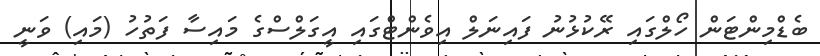
ބެޑްމިންޓަން ހޯލްގައި ރޭކުޅުނު ފައިނަލް އިވެންޓްގައި އީގަލްސްގެ މައިސާ ފަތުހު (މައި) ވަނީ